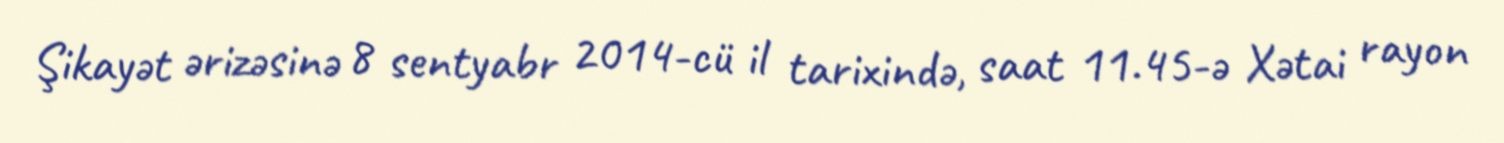
Şikayət ərizəsinə 8 sentyabr 2014-cü il tarixində, saat 11.45-ə Xətai rayon